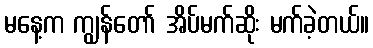
မနေ့က ကျွန်တော် အိပ်မက်ဆိုး မက်ခဲ့တယ်။